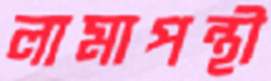
লামাপন্থী